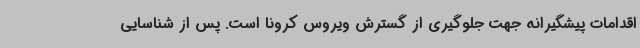
اقدامات پیشگیرانه جهت جلوگیری از گسترش ویروس کرونا است. پس از شناسایی